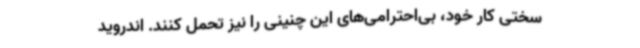
سختی کار خود، بی‌احترامی‌های این چنینی را نیز تحمل کنند. اندروید